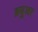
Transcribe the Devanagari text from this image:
ब्रयुअर